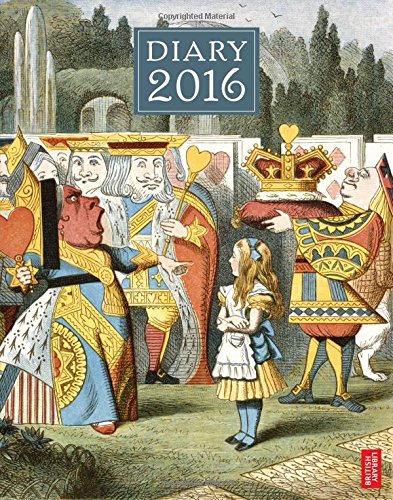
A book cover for British Library Desk Diary 2016; British Library; Literature & Fiction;